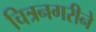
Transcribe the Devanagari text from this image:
चित्रनगरीने